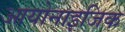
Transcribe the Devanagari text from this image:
आयोनाइजिक